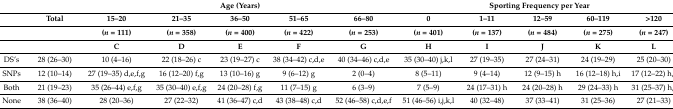
<table><thead><tr><td></td><td></td><td colspan="5"><b>Age (Years)</b></td><td colspan="5"><b>Sporting Frequency per Year</b></td></tr><tr><td></td><td><b>Total</b></td><td><b>15–20</b></td><td><b>21–35</b></td><td><b>36–50</b></td><td><b>51–65</b></td><td><b>66–80</b></td><td><b>0</b></td><td><b>1–11</b></td><td><b>12–59</b></td><td><b>60–119</b></td><td><b>&gt;120</b></td></tr><tr><td></td><td></td><td><b>(<i>n</i> = 111)</b></td><td><b>(<i>n</i> = 358)</b></td><td><b>(<i>n</i> = 400)</b></td><td><b>(<i>n</i> = 422)</b></td><td><b>(<i>n</i> = 253)</b></td><td><b>(<i>n</i> = 401)</b></td><td><b>(<i>n</i> = 137)</b></td><td><b>(<i>n</i> = 484)</b></td><td><b>(<i>n</i> = 275)</b></td><td><b>(<i>n</i> = 247)</b></td></tr><tr><td></td><td></td><td><b>C</b></td><td><b>D</b></td><td><b>E</b></td><td><b>F</b></td><td><b>G</b></td><td><b>H</b></td><td><b>I</b></td><td><b>J</b></td><td><b>K</b></td><td><b>L</b></td></tr></thead><tbody><tr><td>DS’s</td><td>28 (26–30)</td><td>10 (4–16)</td><td>22 (18–26) c</td><td>23 (19–27) c</td><td>38 (34–42) c,d,e</td><td>40 (34–46) c,d,e</td><td>35 (30–40) j,k,l</td><td>27 (19–35)</td><td>27 (24–31)</td><td>24 (19–29)</td><td>25 (20–30)</td></tr><tr><td>SNPs</td><td>12 (10–14)</td><td>27 (19–35) d,e,f,g</td><td>16 (12–20) f,g</td><td>13 (10–16) g</td><td>9 (6–12) g</td><td>2 (0–4)</td><td>8 (5–11)</td><td>9 (4–14)</td><td>12 (9–15) h</td><td>16 (12–18) h,i</td><td>17 (12–22) h,i</td></tr><tr><td>Both</td><td>21 (19–23)</td><td>35 (26–44) e,f,g</td><td>35 (30–40) e,f,g</td><td>24 (20–28) f,g</td><td>11 (7–15) g</td><td>6 (3–9)</td><td>7 (5–9)</td><td>24 (17–31) h</td><td>24 (20–28) h</td><td>29 (24–33) h</td><td>31 (25–37) h,j</td></tr><tr><td>None</td><td>38 (36–40)</td><td>28 (20–36)</td><td>27 (22–32)</td><td>41 (36–47) c,d</td><td>43 (38–48) c,d</td><td>52 (46–58) c,d,e,f</td><td>51 (46–56) i,j,k,l</td><td>40 (32–48)</td><td>37 (33–41)</td><td>31 (25–36)</td><td>27 (21–33)</td></tr></tbody></table>